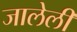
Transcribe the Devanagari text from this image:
जालेली